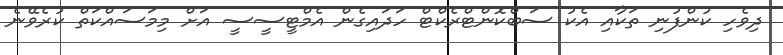
ދިވެހި ކުންފުނި ތަކާއި އެކު ސަބްކޮންޓްރެކްޓް ހަދައިގެން އެމްޓީސީސީ އަށް މިމަސައްކަތް ކުރެވޭނެ